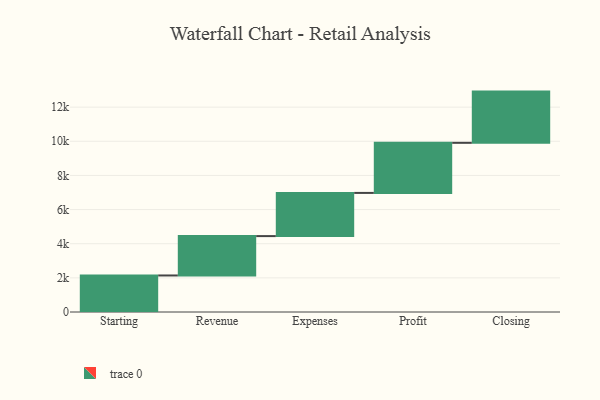
{"axis": {"x": "Step", "y": "Value"}, "legend": [""], "data": [{"x": "Starting", "y": 2140.0, "type": ""}, {"x": "Revenue", "y": 2306.0, "type": ""}, {"x": "Expenses", "y": 2530.0, "type": ""}, {"x": "Profit", "y": 2934.0, "type": ""}, {"x": "Closing", "y": 3000, "type": ""}]}